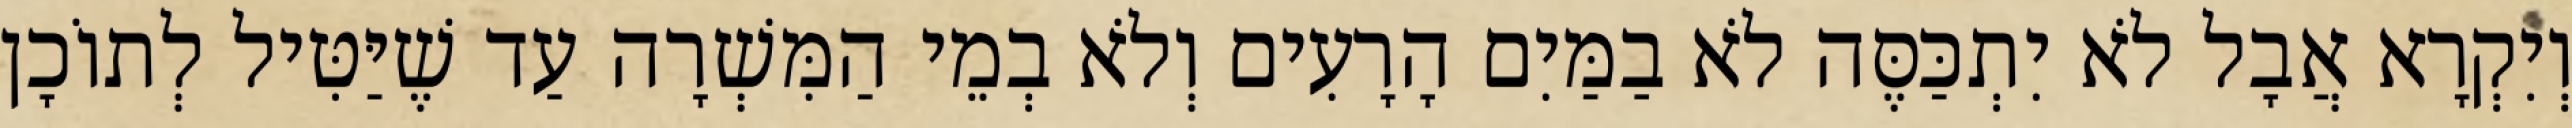
וְיִקְרָא אֲבָל לֹא יִתְכַּסֶּה לֹא בַמַּיִם הָרָעִים וְלֹא בְמֵי הַמִּשְׁרָה עַד שֶׁיַּטִּיל לְתוֹכָן